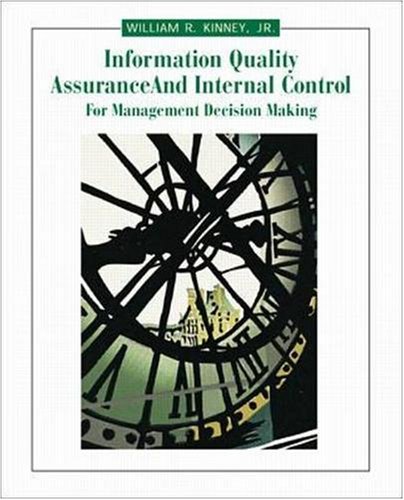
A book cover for Information Quality Assurance and Internal Control for Management Decision Making; William R Kinney; Business & Money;